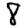
Digit: 8